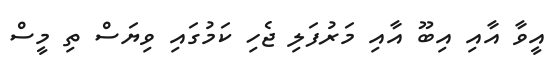
އީވާ އާއި އިބޫ އާއި މަރުފަލި ޖެހި ކަމުގައި ވިޔަސް ތި މީސް